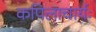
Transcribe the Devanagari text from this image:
कपिलाचार्यः